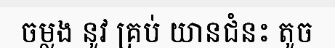
ចម្លង នូវ គ្រប់ យានជំនះ តូច